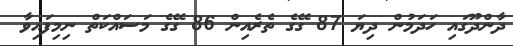
ދާންދޫގައި ހަދަމުން ދިޔަ 87 ގޭގެ ތެރެއިން 86 ގޭގެ މަސައްކަތް ނިމިފައިވާ